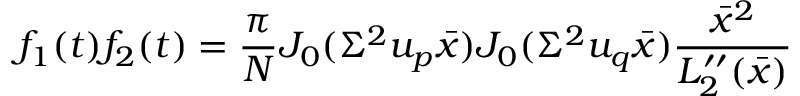
f _ { 1 } ( t ) f _ { 2 } ( t ) = \frac { \pi } { N } J _ { 0 } ( \Sigma ^ { 2 } u _ { p } \bar { x } ) J _ { 0 } ( \Sigma ^ { 2 } u _ { q } \bar { x } ) \frac { \bar { x } ^ { 2 } } { { \cal L } _ { 2 } ^ { \prime \prime } ( \bar { x } ) }